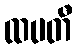
ထပတီ